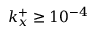
k _ { x } ^ { + } \geq 1 0 ^ { - 4 }